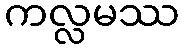
ကလ္လမဿ